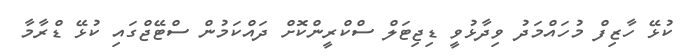
ކުޅޭ ހާޒިފް މުހައްމަދު ވިދާޅުވީ ޑިޖިޓަލް ސްކްރީންކޮށް ދައްކަމުން ސްޓޭޖްގައި ކުޅޭ ޑްރާމާ